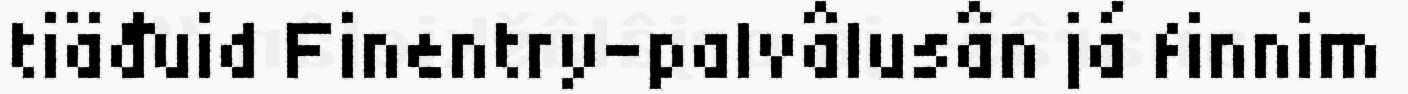
tiäđuid Finentry-palvâlusân já finnim